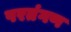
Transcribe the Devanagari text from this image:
परतंगण